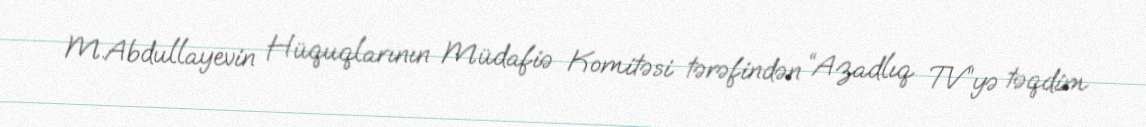
M.Abdullayevin Hüquqlarının Müdafiə Komitəsi tərəfindən “Azadlıq TV”yə təqdim